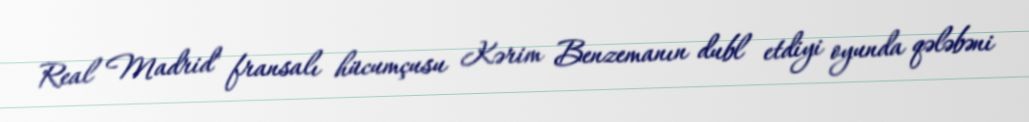
Real Madrid" fransalı hücumçusu Kərim Benzemanın dubl etdiyi oyunda qələbəni